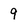
Character: 9